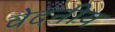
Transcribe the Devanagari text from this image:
वेदनीय